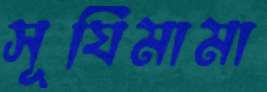
সূর্যিমামা